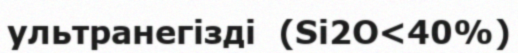
ультранегізді  (Sі2O<40%)